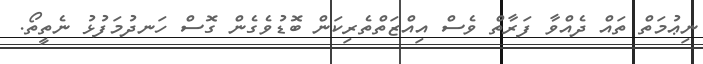
ނިޢުމަތް ތައް ދެއްވާ ފަރާތް ވެސް އިއްޒަތްތެރިކަން ބޮޑުވެގެން ގޮސް ހަނދުމަފުޅު ނެތީތޯ.